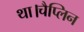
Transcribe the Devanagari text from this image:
था।चैप्लिन